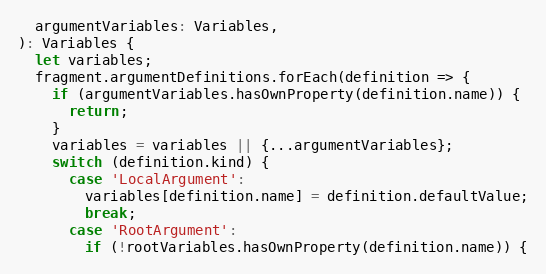
Language: JavaScript
  argumentVariables: Variables,
): Variables {
  let variables;
  fragment.argumentDefinitions.forEach(definition => {
    if (argumentVariables.hasOwnProperty(definition.name)) {
      return;
    }
    variables = variables || {...argumentVariables};
    switch (definition.kind) {
      case 'LocalArgument':
        variables[definition.name] = definition.defaultValue;
        break;
      case 'RootArgument':
        if (!rootVariables.hasOwnProperty(definition.name)) {